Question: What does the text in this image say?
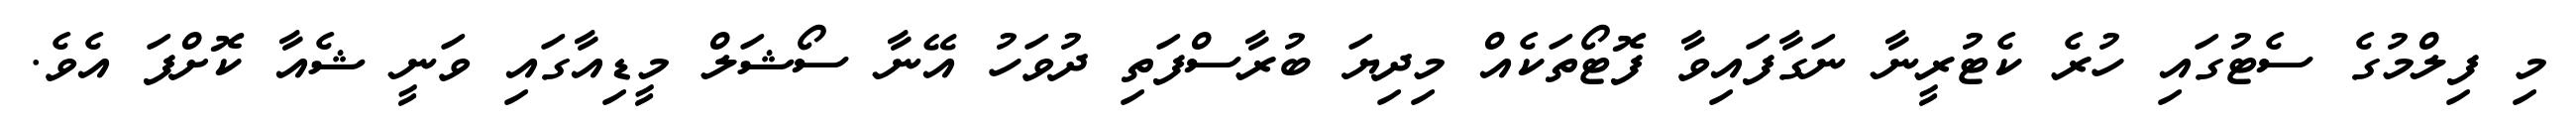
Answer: މި ފިލްމުގެ ސެޓުގައި ހުރެ ކެޓުރީނާ ނަގާފައިވާ ފޮޓޯތަކެއް މިދިޔަ ބުރާސްފަތި ދުވަހު އޭނާ ސޯޝަލް މީޑިއާގައި ވަނީ ޝެއާ ކޮށްފަ އެވެ.